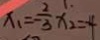
x _ { 1 } = - \frac { 2 } { 3 } x _ { 2 } = - 4